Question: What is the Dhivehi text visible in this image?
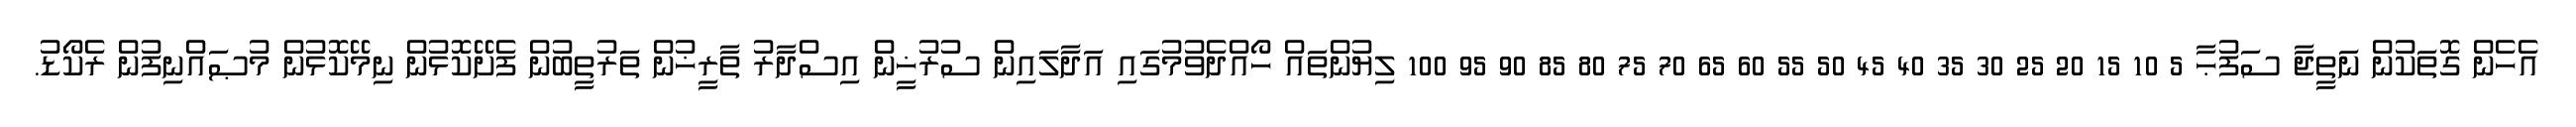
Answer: އެހެން ގޮތަކުން ނަތީޖާ ސަފުޙާ 5 10 15 20 25 30 35 40 45 50 55 60 65 70 75 80 85 90 95 100 ލިޔުންތައް ހޯއްދެވުމުގައި އަދާލައިން ސުރުޚީން އިސްދާރު ތާރީޚުން ތަރުތީބުން ފެށޭކޮޅުން ނިމޭކޮޅުން މުޞައްނިފުން ރެކޯޑު.